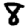
Digit: 8